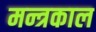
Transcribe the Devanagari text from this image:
मन्त्रकाल